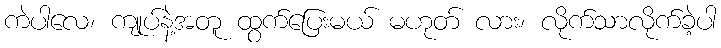
ကဲပါလေ၊ ကျုပ်နဲ့အတူ ထွက်ပြေးမယ် မဟုတ် လား၊ လိုက်သာလိုက်ခဲ့ပါ